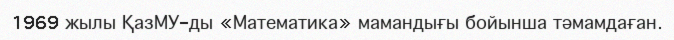
1969 жылы ҚазМУ-ды «Математика» мамандығы бойынша тәмамдаған.